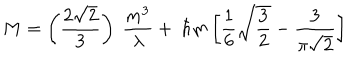
M = \left( \frac { 2 \sqrt { 2 } } { 3 } \right) ~ \frac { m ^ { 3 } } { \lambda } + ~ \hbar m \left[ \frac { 1 } { 6 } \sqrt { \frac { 3 } { 2 } } - \frac { 3 } { \pi \sqrt { 2 } } \right]